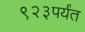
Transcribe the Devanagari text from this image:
९२३पर्यंत